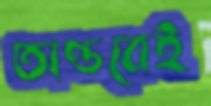
তাণ্ডবেই